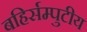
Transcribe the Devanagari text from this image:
बहिर्सम्पुटीय